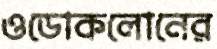
ওডোকলোনের